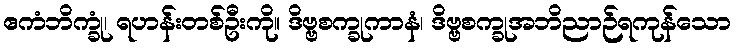
ဧကံဘိက္ခုံ၊ ရဟန်းတစ်ဦးကို။ ဒိဗ္ဗစက္ခုကာနံ၊ ဒိဗ္ဗစက္ခုအဘိညာဉ်ရကုန်သော